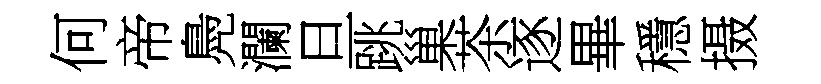
何帝鳧瀾旦跳巢茶逐畢穩摄